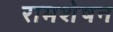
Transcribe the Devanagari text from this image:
रामशेषन